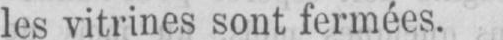
les vitrines sont fermées.